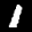
Label: 1